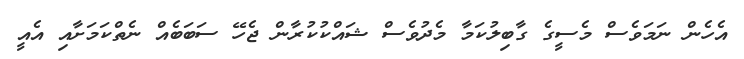
އެހެން ނަމަވެސް މެސީގެ ގާބިލުކަމާ މެދުވެސް ޝައްކުކުރާން ޖެހޭ ސަބަބެއް ނެތްކަމަށާއި އެއީ